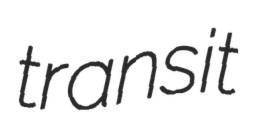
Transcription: transit